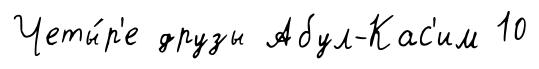
Четы́р'е друзы Абул-Кас'им 10